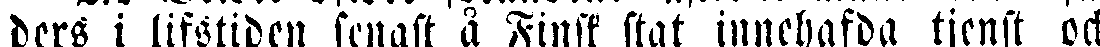
ders i lifstiden senast å Finsk stat innehafda tjenst och